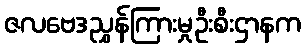
ဇလဗေဒညွှန်ကြားမှုဦးစီးဌာနက